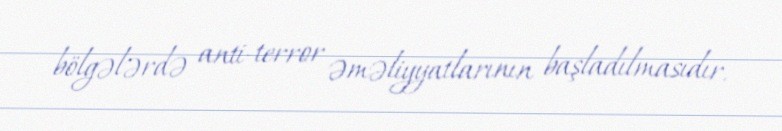
bölgələrdə anti-terror əməliyyatlarının başladılmasıdır.